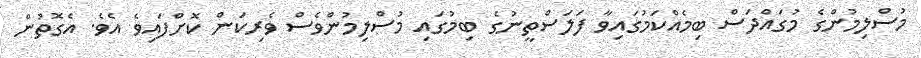
މުސްލިމުންގެ މުގައްދަސް ބިމެއްކަމުގައިވާ ފަލަސްތީނުގެ ބިމުގައި މުސްލިމުންވެސް ވެރިކަން ކޮށްފައިވެ އެވެ. އެގޮތުން